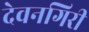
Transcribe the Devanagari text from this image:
देवनगिरी